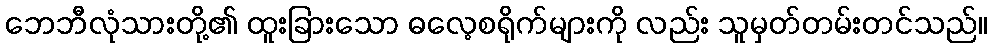
ဘေဘီလုံသားတို့၏ ထူးခြားသော ဓလေ့စရိုက်များကို လည်း သူမှတ်တမ်းတင်သည်။